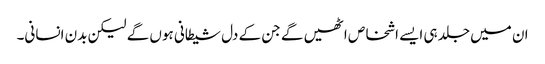
ان میں جلد ہی ایسے اشخاص اٹھیں گے جن کے دل شیطانی ہوں گے لیکن بدن انسانی۔